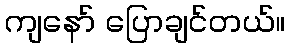
ကျနော် ပြောချင်တယ်။